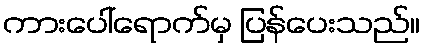
ကားပေါ်ရောက်မှ ပြန်ပေးသည်။